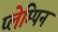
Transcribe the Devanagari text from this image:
प्लेम्पिन